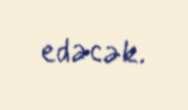
edəcək.